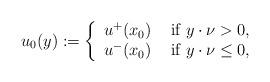
LaTeX: \begin{align*}u_0(y):=\left\{\begin{array}{ll}u^+(x_0) &\hbox{ if }y \cdot \nu > 0,\\u^-(x_0) &\hbox{ if }y \cdot \nu \leq 0,\end{array}\right.\end{align*}